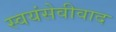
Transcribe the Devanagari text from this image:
स्वयंसेवीवाद